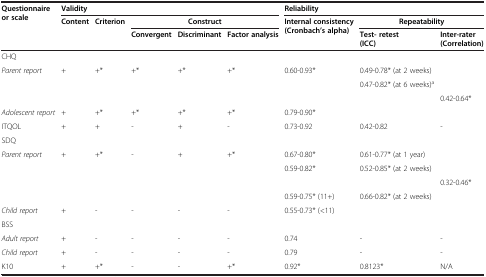
| Questionnaire or scale | <COLSPAN=5> Validity | <COLSPAN=3> Reliability |
 |  | Content | Criterion | <COLSPAN=3> Construct | Internal consistency (Cronbach’s alpha) | <COLSPAN=2> Repeatability |
 |  |  |  | Convergent | Discriminant | Factor analysis |  | Test- retest | Inter-rater |
 |  |  |  |  |  |  |  | (ICC) | (Correlation) |
 | --- | --- | --- | --- | --- | --- | --- | --- | --- |
 | CHQ |  |  |  |  |  |  |  |  |
 | Parent report | + | +* | +* | +* | +* | 0.60-0.93* | 0.49-0.78* (at 2 weeks) |  |
 |  |  |  |  |  |  |  | 0.47-0.82* (at 6 weeks)a |  |
 |  |  |  |  |  |  |  |  | 0.42-0.64* |
 | Adolescent report | + | +* | +* | +* | +* | 0.79-0.90* |  |  |
 | ITQOL | + | + | - | + | - | 0.73-0.92 | 0.42-0.82 | - |
 | SDQ |  |  |  |  |  |  |  |  |
 | Parent report | + | +* | - | + | +* | 0.67-0.80* | 0.61-0.77* (at 1 year) |  |
 |  |  |  |  |  |  | 0.59-0.82* | 0.52-0.85* (at 2 weeks) |  |
 |  |  |  |  |  |  |  |  | 0.32-0.46* |
 |  |  |  |  |  |  | 0.59-0.75* (11+) | 0.66-0.82* (at 2 weeks) |  |
 | Child report | + | - | - | - | - | 0.55-0.73* (<11) |  |  |
 | BSS |  |  |  |  |  |  |  |  |
 | Adult report | + | - | - | - | - | 0.74 | - | - |
 | Child report | + | - | - | - | - | 0.79 | - | - |
 | K10 | + | +* | - | - | +* | 0.92* | 0.8123* | N/A |